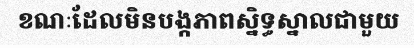
ខណៈដែលមិនបង្កភាពស្និទ្ធស្នាលជាមួយ